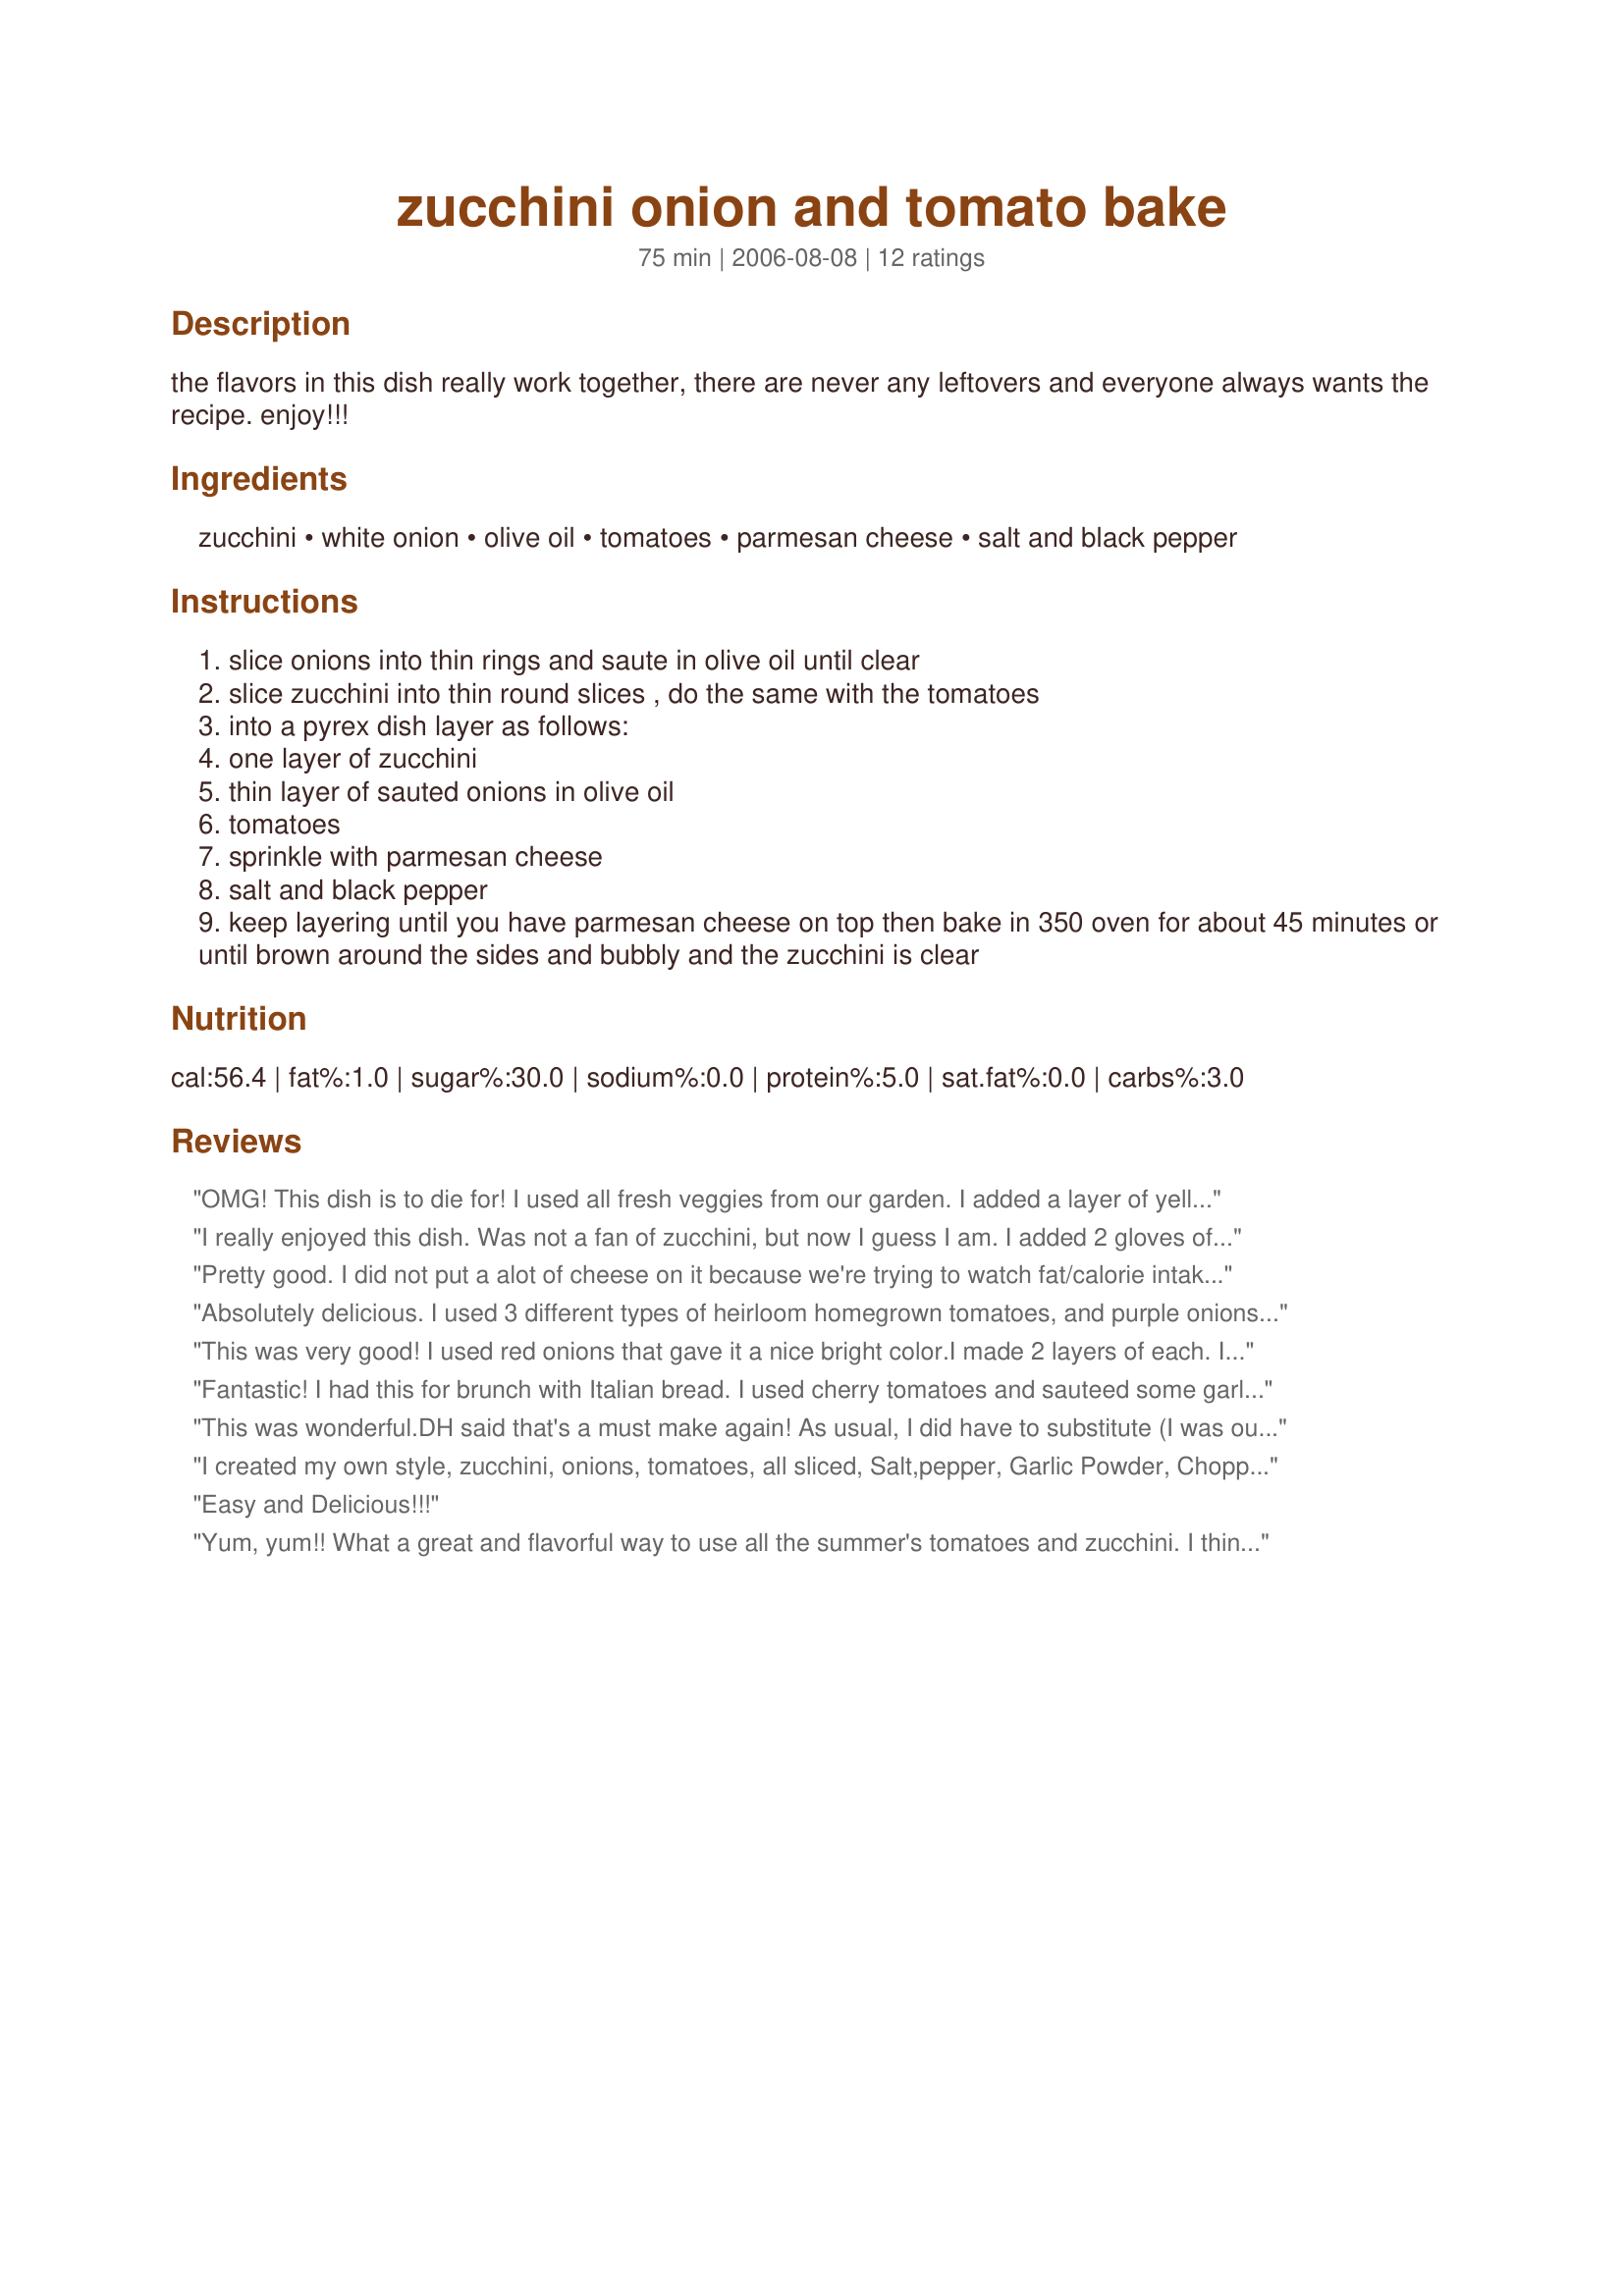
zucchini onion and tomato bake
Preparation time: 75 minutes

the flavors in this dish really work together, there are never any leftovers and everyone always wants the recipe. enjoy!!!

Ingredients:
zucchini, white onion, olive oil, tomatoes, parmesan cheese, salt and black pepper

Steps:
slice onions into thin rings and saute in olive oil until clear
slice zucchini into thin round slices , do the same with the tomatoes
into a pyrex dish layer as follows:
one layer of zucchini
thin layer of sauted onions in olive oil
tomatoes
sprinkle with parmesan cheese
salt and black pepper
keep layering until you have parmesan cheese on top then bake in 350 oven for about 45 minutes or until brown around the sides and bubbly and the zucchini is clear

Reviews:
OMG! This dish is to die for! I used all fresh veggies from our garden. I added a layer of yellow squash for more color and I also used fetta cheese and a pre-grated italian cheese mix and sprinkled the cheese layers with dried basil and garlic. It smelled so good even before we baked it! Thanks for a keeper in our house!
I really enjoyed this dish. Was not a fan of zucchini, but now I guess I am. I added 2 gloves of garlic while cooking the onion. I also used Lawry's seasoning salt. The parmesan really makes the dish, so don't omit that. Thanks for a great recipe that I will make often this summer!
Pretty good. I did not put a alot of cheese on it because we're trying to watch fat/calorie intake. I think it might benefit from garlic or other flavoring (i think everything could benfit from garlic). Thanks!
Absolutely delicious. I used 3 different types of heirloom homegrown tomatoes, and purple onions in mine.
This was very good! I used red onions that gave it a nice bright color.I made 2 layers of each. I did put on lots of black pepper and skipped the salt because the parmesan is salt enough. I wish I would have thought to add fresh basil to this it would have brought this dish over the top!!!!
 The leftovers would be great in an omelet or wrap.
Fantastic! I had this for brunch with Italian bread. I used cherry tomatoes and sauteed some garlic with the onions.
This was wonderful.DH said that's a must make again! As usual, I did have to substitute (I was out of parmesan)and I used some pre-grated mexican mix packaged cheese. I suspect this could even be good with feda! Anyway, thanks for a really great side dish!
I created my own style, zucchini, onions, tomatoes, all sliced, Salt,pepper, Garlic Powder, Chopped Basil, 2-3 TBSP Olive Oil, toss all together place in buttered pan, pour on full cup Chicken Boullon, Sprinkle Parmesan cheese over top or when almost baked @ 350 for 40 minutes , lay several slices cheese of your choice till melted. Remove from oven, let stand for 15 minutes, Serve Delicious!!
Easy and Delicious!!!
Yum, yum!! What a great and flavorful way to use all the summer's tomatoes and zucchini. I think that sauteeing the onion first really adds dimension to the flavor and the parmesan on top doesn't hurt! I did add some garlic as suggested.
This is delightful. A wonderful recipe for fresh zucchini and fresh tomatoes. I did add a tsp. or 2 of basil, oregano and fresh garlic. Next time I will sautee several onions. The combination is great. This is meal in itself for me.
I normally saut&eacute; these 3 vegetables together and while it's tasty it ends up being a bit soft and pulpy. The vegetables really hold up better baked like this and the fresh parmesan in the layers and especially on top helps hold it together. I'm glad others mentioned adding garlic, I might not have thought of it, it really finishes off the flavor. This is terrific.
